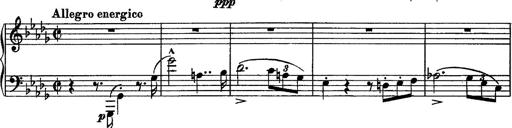
Title: Piano Sonata
Composer: Karl HÃ¤ssler
Key: C major